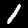
Label: 1